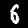
Label: 6